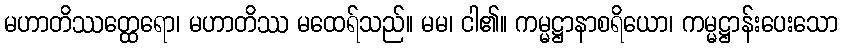
မဟာတိဿတ္ထေရော၊ မဟာတိဿ မထေရ်သည်။ မမ၊ ငါ၏။ ကမ္မဋ္ဌာနာစရိယော၊ ကမ္မဋ္ဌာန်းပေးသော